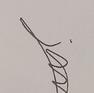
Signature authenticity: genuine